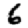
Digit: 6